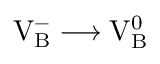
\mathrm { V _ { B } ^ { - } \longrightarrow V _ { B } ^ { 0 } }